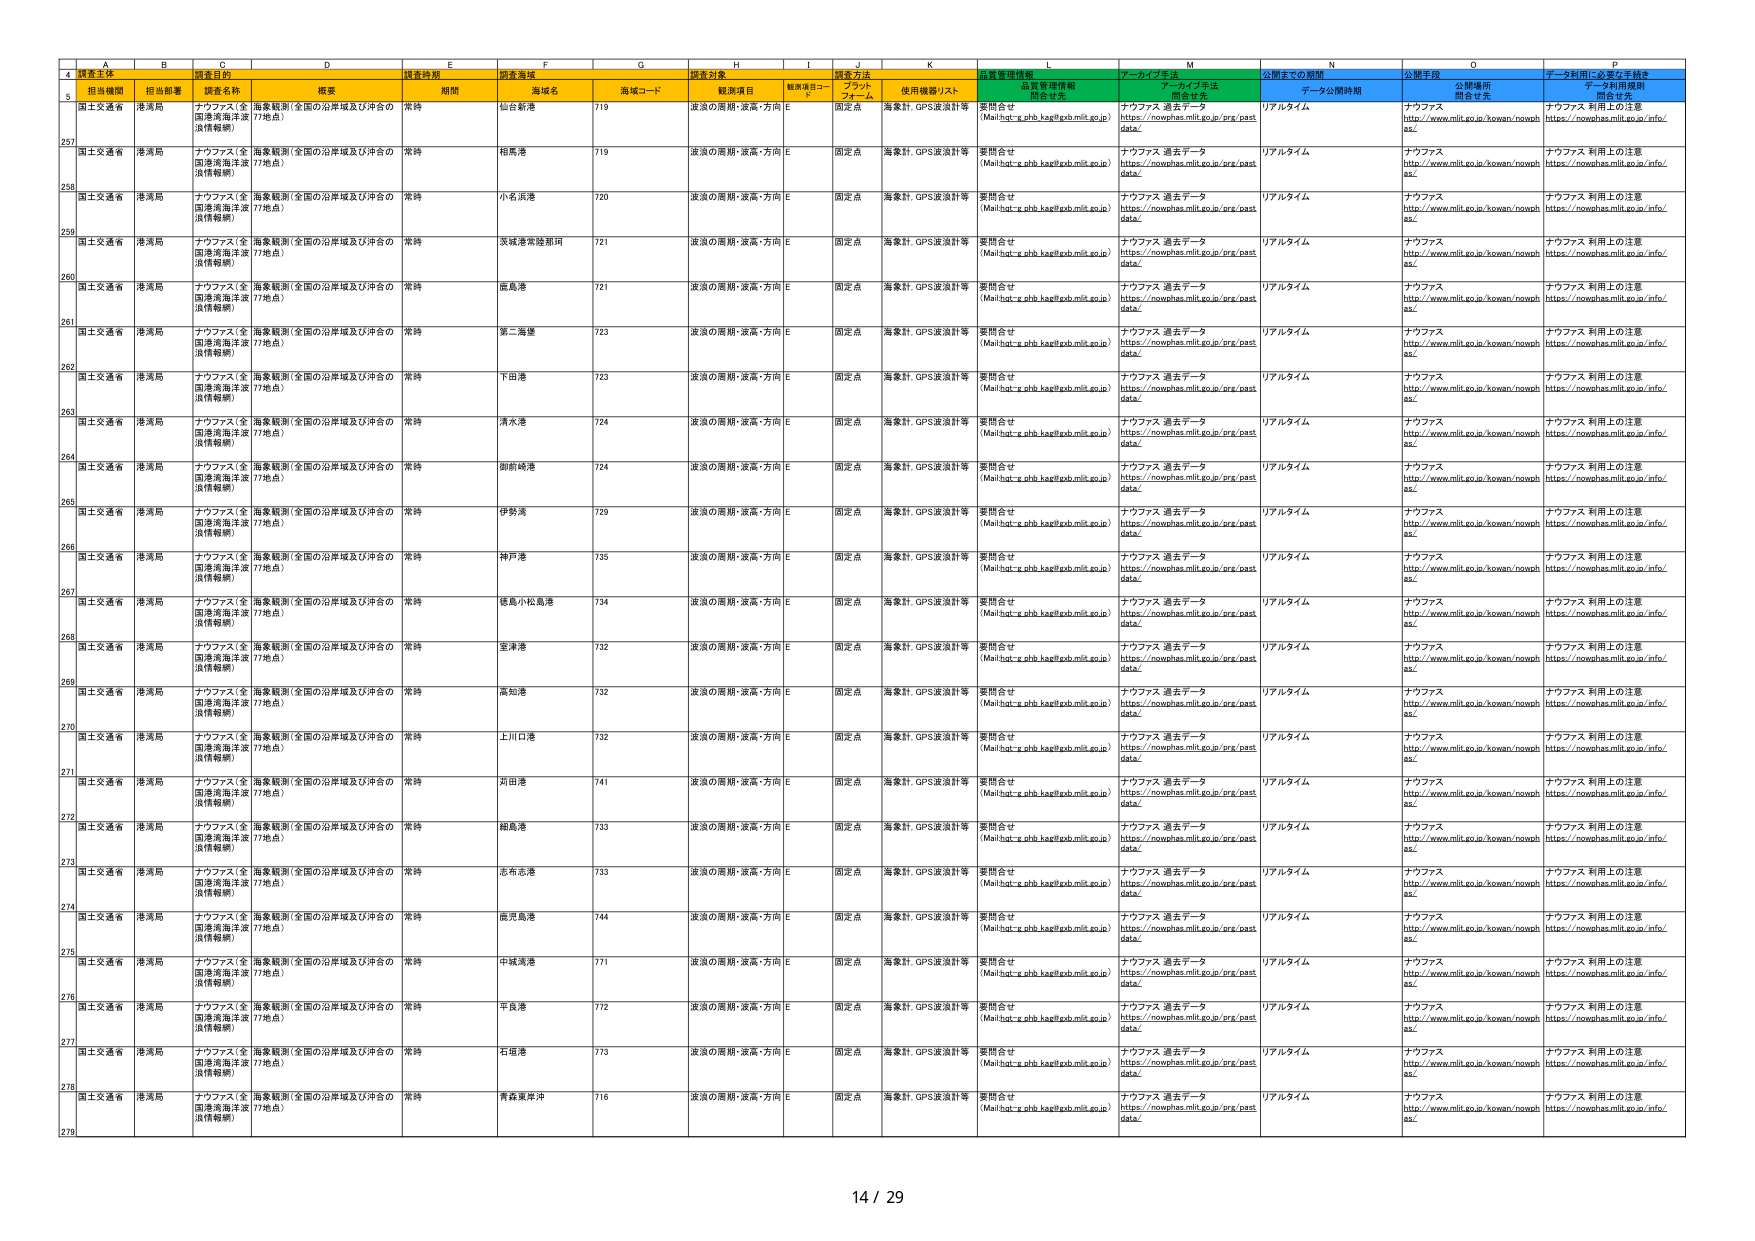
A
B
C
D
E
F
G
H
I
J
K
L
M
N
O
P
4
調査主体
調査目的
調査時期
調査海域
調査対象
調査方法
品質管理情報
アーカイブ手法
公開までの期間
公開手段
データ利用に必要な手続き
5
担当機関
担当部署
調査名称
概要
期間
海域名
海域コード
観測項目
観測項目コード
プラットフォーム
使用機器/リスト
品質管理情報開示先
アーカイブ手法開示先
データ公開時期
公開場所開示先
データ利用規程開示先
257
国土交通省
港湾局
ナウファス（全国港湾海洋波浪情報網）
海象観測（全国の沿岸域及び沖合の17地点）
常時
仙台新港
719
波浪の周期・波高・方向
E
固定点
海象計、GPS波浪計等
要問合せ（Mail:hot-e.phb.kap@gob.mlit.go.jp）
ナウファス 過去データhttps://nowphas.mlit.go.jp/prg/pastdata/
リアルタイム
ナウファスhttp://www.mlit.go.jp/kowan/nowphas/
ナウファス 利用上の注意https://nowphas.mlit.go.jp/info/
258
国土交通省
港湾局
ナウファス（全国港湾海洋波浪情報網）
海象観測（全国の沿岸域及び沖合の17地点）
常時
相馬港
719
波浪の周期・波高・方向
E
固定点
海象計、GPS波浪計等
要問合せ（Mail:hot-e.phb.kap@gob.mlit.go.jp）
ナウファス 過去データhttps://nowphas.mlit.go.jp/prg/pastdata/
リアルタイム
ナウファスhttp://www.mlit.go.jp/kowan/nowphas/
ナウファス 利用上の注意https://nowphas.mlit.go.jp/info/
259
国土交通省
港湾局
ナウファス（全国港湾海洋波浪情報網）
海象観測（全国の沿岸域及び沖合の17地点）
常時
小名浜港
720
波浪の周期・波高・方向
E
固定点
海象計、GPS波浪計等
要問合せ（Mail:hot-e.phb.kap@gob.mlit.go.jp）
ナウファス 過去データhttps://nowphas.mlit.go.jp/prg/pastdata/
リアルタイム
ナウファスhttp://www.mlit.go.jp/kowan/nowphas/
ナウファス 利用上の注意https://nowphas.mlit.go.jp/info/
260
国土交通省
港湾局
ナウファス（全国港湾海洋波浪情報網）
海象観測（全国の沿岸域及び沖合の17地点）
常時
茨城常陸那珂
721
波浪の周期・波高・方向
E
固定点
海象計、GPS波浪計等
要問合せ（Mail:hot-e.phb.kap@gob.mlit.go.jp）
ナウファス 過去データhttps://nowphas.mlit.go.jp/prg/pastdata/
リアルタイム
ナウファスhttp://www.mlit.go.jp/kowan/nowphas/
ナウファス 利用上の注意https://nowphas.mlit.go.jp/info/
261
国土交通省
港湾局
ナウファス（全国港湾海洋波浪情報網）
海象観測（全国の沿岸域及び沖合の17地点）
常時
鹿島港
721
波浪の周期・波高・方向
E
固定点
海象計、GPS波浪計等
要問合せ（Mail:hot-e.phb.kap@gob.mlit.go.jp）
ナウファス 過去データhttps://nowphas.mlit.go.jp/prg/pastdata/
リアルタイム
ナウファスhttp://www.mlit.go.jp/kowan/nowphas/
ナウファス 利用上の注意https://nowphas.mlit.go.jp/info/
262
国土交通省
港湾局
ナウファス（全国港湾海洋波浪情報網）
海象観測（全国の沿岸域及び沖合の17地点）
常時
第二海堡
723
波浪の周期・波高・方向
E
固定点
海象計、GPS波浪計等
要問合せ（Mail:hot-e.phb.kap@gob.mlit.go.jp）
ナウファス 過去データhttps://nowphas.mlit.go.jp/prg/pastdata/
リアルタイム
ナウファスhttp://www.mlit.go.jp/kowan/nowphas/
ナウファス 利用上の注意https://nowphas.mlit.go.jp/info/
263
国土交通省
港湾局
ナウファス（全国港湾海洋波浪情報網）
海象観測（全国の沿岸域及び沖合の17地点）
常時
下田港
723
波浪の周期・波高・方向
E
固定点
海象計、GPS波浪計等
要問合せ（Mail:hot-e.phb.kap@gob.mlit.go.jp）
ナウファス 過去データhttps://nowphas.mlit.go.jp/prg/pastdata/
リアルタイム
ナウファスhttp://www.mlit.go.jp/kowan/nowphas/
ナウファス 利用上の注意https://nowphas.mlit.go.jp/info/
264
国土交通省
港湾局
ナウファス（全国港湾海洋波浪情報網）
海象観測（全国の沿岸域及び沖合の17地点）
常時
清水港
724
波浪の周期・波高・方向
E
固定点
海象計、GPS波浪計等
要問合せ（Mail:hot-e.phb.kap@gob.mlit.go.jp）
ナウファス 過去データhttps://nowphas.mlit.go.jp/prg/pastdata/
リアルタイム
ナウファスhttp://www.mlit.go.jp/kowan/nowphas/
ナウファス 利用上の注意https://nowphas.mlit.go.jp/info/
265
国土交通省
港湾局
ナウファス（全国港湾海洋波浪情報網）
海象観測（全国の沿岸域及び沖合の17地点）
常時
御前崎港
724
波浪の周期・波高・方向
E
固定点
海象計、GPS波浪計等
要問合せ（Mail:hot-e.phb.kap@gob.mlit.go.jp）
ナウファス 過去データhttps://nowphas.mlit.go.jp/prg/pastdata/
リアルタイム
ナウファスhttp://www.mlit.go.jp/kowan/nowphas/
ナウファス 利用上の注意https://nowphas.mlit.go.jp/info/
266
国土交通省
港湾局
ナウファス（全国港湾海洋波浪情報網）
海象観測（全国の沿岸域及び沖合の17地点）
常時
伊勢湾
729
波浪の周期・波高・方向
E
固定点
海象計、GPS波浪計等
要問合せ（Mail:hot-e.phb.kap@gob.mlit.go.jp）
ナウファス 過去データhttps://nowphas.mlit.go.jp/prg/pastdata/
リアルタイム
ナウファスhttp://www.mlit.go.jp/kowan/nowphas/
ナウファス 利用上の注意https://nowphas.mlit.go.jp/info/
267
国土交通省
港湾局
ナウファス（全国港湾海洋波浪情報網）
海象観測（全国の沿岸域及び沖合の17地点）
常時
神戸港
735
波浪の周期・波高・方向
E
固定点
海象計、GPS波浪計等
要問合せ（Mail:hot-e.phb.kap@gob.mlit.go.jp）
ナウファス 過去データhttps://nowphas.mlit.go.jp/prg/pastdata/
リアルタイム
ナウファスhttp://www.mlit.go.jp/kowan/nowphas/
ナウファス 利用上の注意https://nowphas.mlit.go.jp/info/
268
国土交通省
港湾局
ナウファス（全国港湾海洋波浪情報網）
海象観測（全国の沿岸域及び沖合の17地点）
常時
徳島小松島港
734
波浪の周期・波高・方向
E
固定点
海象計、GPS波浪計等
要問合せ（Mail:hot-e.phb.kap@gob.mlit.go.jp）
ナウファス 過去データhttps://nowphas.mlit.go.jp/prg/pastdata/
リアルタイム
ナウファスhttp://www.mlit.go.jp/kowan/nowphas/
ナウファス 利用上の注意https://nowphas.mlit.go.jp/info/
269
国土交通省
港湾局
ナウファス（全国港湾海洋波浪情報網）
海象観測（全国の沿岸域及び沖合の17地点）
常時
室津港
732
波浪の周期・波高・方向
E
固定点
海象計、GPS波浪計等
要問合せ（Mail:hot-e.phb.kap@gob.mlit.go.jp）
ナウファス 過去データhttps://nowphas.mlit.go.jp/prg/pastdata/
リアルタイム
ナウファスhttp://www.mlit.go.jp/kowan/nowphas/
ナウファス 利用上の注意https://nowphas.mlit.go.jp/info/
270
国土交通省
港湾局
ナウファス（全国港湾海洋波浪情報網）
海象観測（全国の沿岸域及び沖合の17地点）
常時
高知港
732
波浪の周期・波高・方向
E
固定点
海象計、GPS波浪計等
要問合せ（Mail:hot-e.phb.kap@gob.mlit.go.jp）
ナウファス 過去データhttps://nowphas.mlit.go.jp/prg/pastdata/
リアルタイム
ナウファスhttp://www.mlit.go.jp/kowan/nowphas/
ナウファス 利用上の注意https://nowphas.mlit.go.jp/info/
271
国土交通省
港湾局
ナウファス（全国港湾海洋波浪情報網）
海象観測（全国の沿岸域及び沖合の17地点）
常時
上川口港
732
波浪の周期・波高・方向
E
固定点
海象計、GPS波浪計等
要問合せ（Mail:hot-e.phb.kap@gob.mlit.go.jp）
ナウファス 過去データhttps://nowphas.mlit.go.jp/prg/pastdata/
リアルタイム
ナウファスhttp://www.mlit.go.jp/kowan/nowphas/
ナウファス 利用上の注意https://nowphas.mlit.go.jp/info/
272
国土交通省
港湾局
ナウファス（全国港湾海洋波浪情報網）
海象観測（全国の沿岸域及び沖合の17地点）
常時
苅田港
741
波浪の周期・波高・方向
E
固定点
海象計、GPS波浪計等
要問合せ（Mail:hot-e.phb.kap@gob.mlit.go.jp）
ナウファス 過去データhttps://nowphas.mlit.go.jp/prg/pastdata/
リアルタイム
ナウファスhttp://www.mlit.go.jp/kowan/nowphas/
ナウファス 利用上の注意https://nowphas.mlit.go.jp/info/
273
国土交通省
港湾局
ナウファス（全国港湾海洋波浪情報網）
海象観測（全国の沿岸域及び沖合の17地点）
常時
細島港
733
波浪の周期・波高・方向
E
固定点
海象計、GPS波浪計等
要問合せ（Mail:hot-e.phb.kap@gob.mlit.go.jp）
ナウファス 過去データhttps://nowphas.mlit.go.jp/prg/pastdata/
リアルタイム
ナウファスhttp://www.mlit.go.jp/kowan/nowphas/
ナウファス 利用上の注意https://nowphas.mlit.go.jp/info/
274
国土交通省
港湾局
ナウファス（全国港湾海洋波浪情報網）
海象観測（全国の沿岸域及び沖合の17地点）
常時
志布志港
733
波浪の周期・波高・方向
E
固定点
海象計、GPS波浪計等
要問合せ（Mail:hot-e.phb.kap@gob.mlit.go.jp）
ナウファス 過去データhttps://nowphas.mlit.go.jp/prg/pastdata/
リアルタイム
ナウファスhttp://www.mlit.go.jp/kowan/nowphas/
ナウファス 利用上の注意https://nowphas.mlit.go.jp/info/
275
国土交通省
港湾局
ナウファス（全国港湾海洋波浪情報網）
海象観測（全国の沿岸域及び沖合の17地点）
常時
鹿児島港
744
波浪の周期・波高・方向
E
固定点
海象計、GPS波浪計等
要問合せ（Mail:hot-e.phb.kap@gob.mlit.go.jp）
ナウファス 過去データhttps://nowphas.mlit.go.jp/prg/pastdata/
リアルタイム
ナウファスhttp://www.mlit.go.jp/kowan/nowphas/
ナウファス 利用上の注意https://nowphas.mlit.go.jp/info/
276
国土交通省
港湾局
ナウファス（全国港湾海洋波浪情報網）
海象観測（全国の沿岸域及び沖合の17地点）
常時
中城湾港
771
波浪の周期・波高・方向
E
固定点
海象計、GPS波浪計等
要問合せ（Mail:hot-e.phb.kap@gob.mlit.go.jp）
ナウファス 過去データhttps://nowphas.mlit.go.jp/prg/pastdata/
リアルタイム
ナウファスhttp://www.mlit.go.jp/kowan/nowphas/
ナウファス 利用上の注意https://nowphas.mlit.go.jp/info/
277
国土交通省
港湾局
ナウファス（全国港湾海洋波浪情報網）
海象観測（全国の沿岸域及び沖合の17地点）
常時
平良港
772
波浪の周期・波高・方向
E
固定点
海象計、GPS波浪計等
要問合せ（Mail:hot-e.phb.kap@gob.mlit.go.jp）
ナウファス 過去データhttps://nowphas.mlit.go.jp/prg/pastdata/
リアルタイム
ナウファスhttp://www.mlit.go.jp/kowan/nowphas/
ナウファス 利用上の注意https://nowphas.mlit.go.jp/info/
278
国土交通省
港湾局
ナウファス（全国港湾海洋波浪情報網）
海象観測（全国の沿岸域及び沖合の17地点）
常時
石垣港
773
波浪の周期・波高・方向
E
固定点
海象計、GPS波浪計等
要問合せ（Mail:hot-e.phb.kap@gob.mlit.go.jp）
ナウファス 過去データhttps://nowphas.mlit.go.jp/prg/pastdata/
リアルタイム
ナウファスhttp://www.mlit.go.jp/kowan/nowphas/
ナウファス 利用上の注意https://nowphas.mlit.go.jp/info/
279
国土交通省
港湾局
ナウファス（全国港湾海洋波浪情報網）
海象観測（全国の沿岸域及び沖合の17地点）
常時
青森東昇沖
716
波浪の周期・波高・方向
E
固定点
海象計、GPS波浪計等
要問合せ（Mail:hot-e.phb.kap@gob.mlit.go.jp）
ナウファス 過去データhttps://nowphas.mlit.go.jp/prg/pastdata/
リアルタイム
ナウファスhttp://www.mlit.go.jp/kowan/nowphas/
ナウファス 利用上の注意https://nowphas.mlit.go.jp/info/
14 / 29